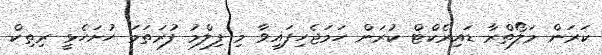
ކަރަން މަލޯތްރާ ޑައިރެކްޓް ކުރަން ހަމަޖެހިފައިވާ މި ފިލްމު ފުރަތަމަ ހުށަހެޅީ ރިތިކް